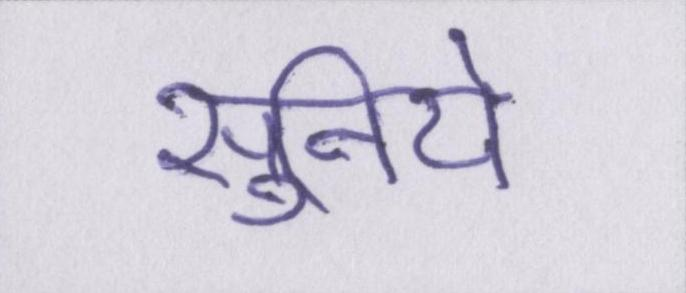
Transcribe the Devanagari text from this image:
सुनिये